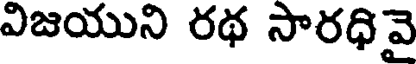
విజయుని రథ సారధివై